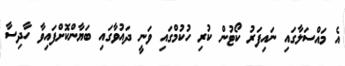
އެ މައްސަލާގައި ނައިފަރު ކޯޓުން ކުރި ހުކުމްގައި ވަނީ ދައުވާގައި ބަޔާންކޮށްފައިވާ ހާދިސާ